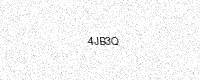
Text: 4JB3Q